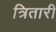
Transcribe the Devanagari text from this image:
त्रितारी